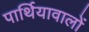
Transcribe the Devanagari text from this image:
पार्थियावालों